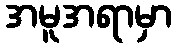
အမူအရာမှာ